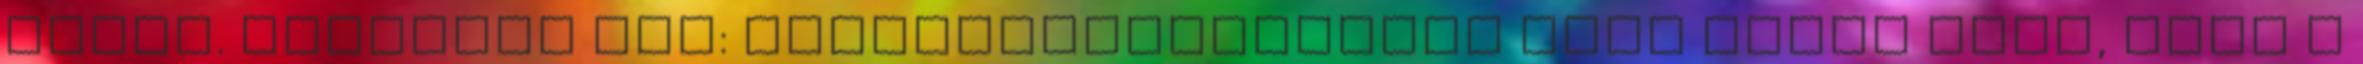
kérem. Törőcsik Pál: Képviselőtársamnak erre módja lesz, hogy a